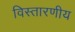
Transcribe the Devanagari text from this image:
विस्तारणीय